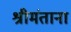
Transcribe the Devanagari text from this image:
श्रीमंताना